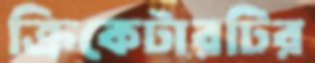
ক্রিকেটারটির